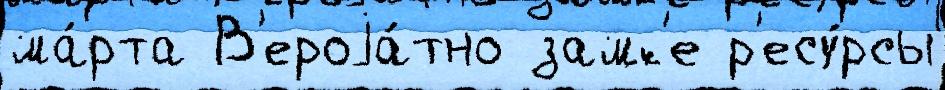
ма́рта В'ероjа́тно замк'е р'есу́рсы